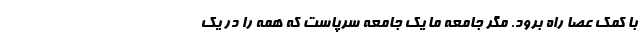
با کمک عصا راه برود. مگر جامعه ما یک جامعه سرپاست که همه را در یک